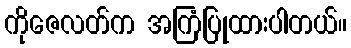
ကိုဇေလတ်က အကြံပြုထားပါတယ်။